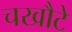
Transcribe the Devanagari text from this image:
चखौटे